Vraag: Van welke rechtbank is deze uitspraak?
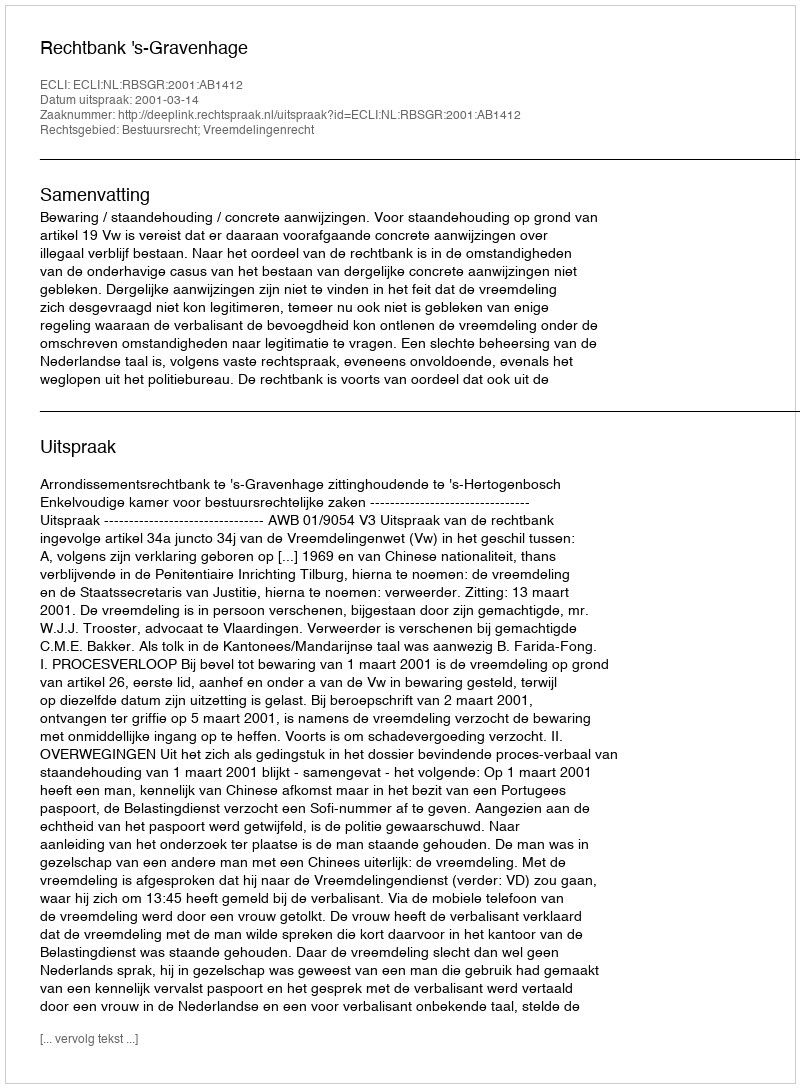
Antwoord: Rechtbank 's-Gravenhage